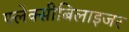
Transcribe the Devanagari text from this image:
फ्लेक्सीबिलाइजर